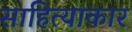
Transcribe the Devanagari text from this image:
साहित्याकार